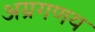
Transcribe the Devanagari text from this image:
अग्रगणय